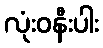
လုံးဝနီးပါး